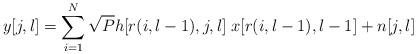
LaTeX: \begin{align*}y[j,l] = \sum_{i=1}^{N}\sqrt{P}h[r(i,l-1),j,l]\; x[r(i,l-1),l-1] + n[j,l]\end{align*}